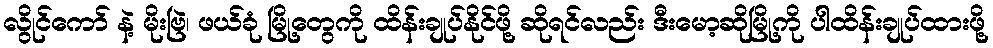
လွိုင်ကော် နဲ့ မိုးဗြဲ၊ ဖယ်ခုံ မြို့တွေကို ထိန်းချုပ်နိုင်ဖို့ ဆိုရင်လည်း ဒီးမော့ဆိုမြို့ကို ပါထိန်းချုပ်ထားဖို့